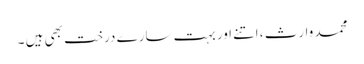
محمد وارث ، اتنے اور بہت سارے درخت بھی ہیں ۔